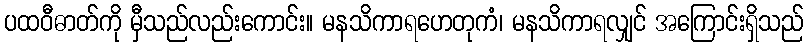
ပထဝီဓာတ်ကို မှီသည်လည်းကောင်း။ မနသိကာရဟေတုကံ၊ မနသိကာရလျှင် အကြောင်းရှိသည်